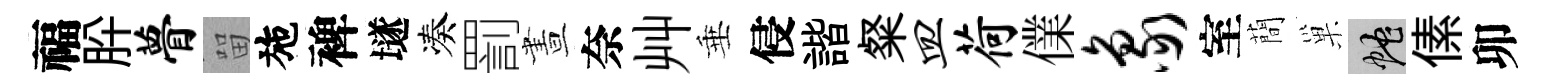
福肸瞢㽞施裨𡑞凑罰晝奈艸垂侵諧粲皿荷㒒象室蕳巢蛇傃卯